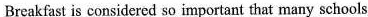
Breakfast is considered so important that many schools